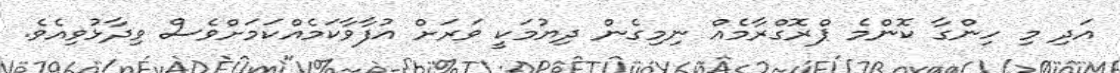
އަދި މި ހިންގާ ކޮންމެ ޕްރޮގްރާމެއް ނިމިގެން ދިޔުމަކީ ވަރަށް އުފާވާކަމެއްކަމަށްވެސް ވިދާޅުވިއެވެ.